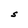
Character: S